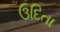
ઉદિતા